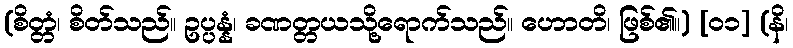
(စိတ္တံ၊ စိတ်သည်။ ဥပ္ပန္နံ၊ ခဏတ္တယသို့ရောက်သည်။ ဟောတိ၊ ဖြစ်၏။) [၀၁] (နိ၊